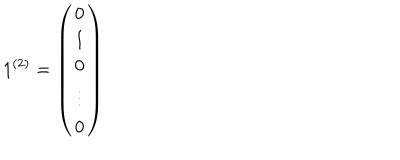
1 ^ { ( 2 ) } = \left( \begin{array} { c } { { 0 } } \\ { { 1 } } \\ { { 0 } } \\ { { \vdots } } \\ { { 0 } } \\ \end{array} \right)